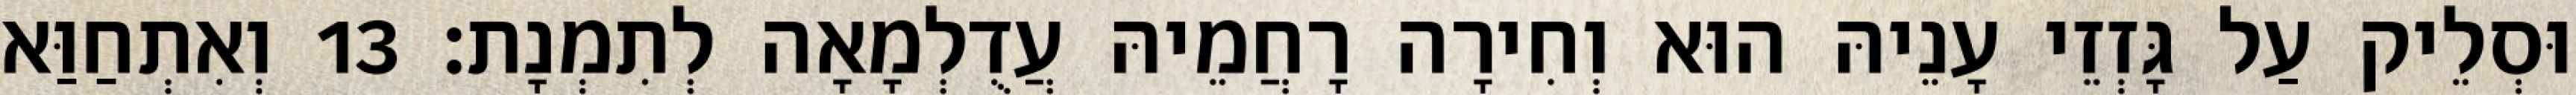
וּסְלֵיק עַל גָּזְזֵי עָנֵיהּ הוּא וְחִירָה רָחֲמֵיהּ עֲדֻלְמָאָה לְתִמְנָת׃ 13 וְאִתְחַוַּא